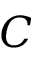
C